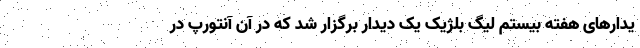
یدارهای هفته بیستم لیگ بلژیک یک دیدار برگزار شد که در آن آنتورپ در